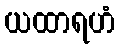
ယထာရဟံ